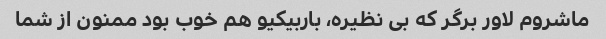
ماشروم لاور برگر که بی نظیره، باربیکیو هم خوب بود ممنون از شما